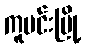
ကူမင်းမြို့